Leaving Certificate Examination (including Day School Certificate (Higher) General paper), 1926
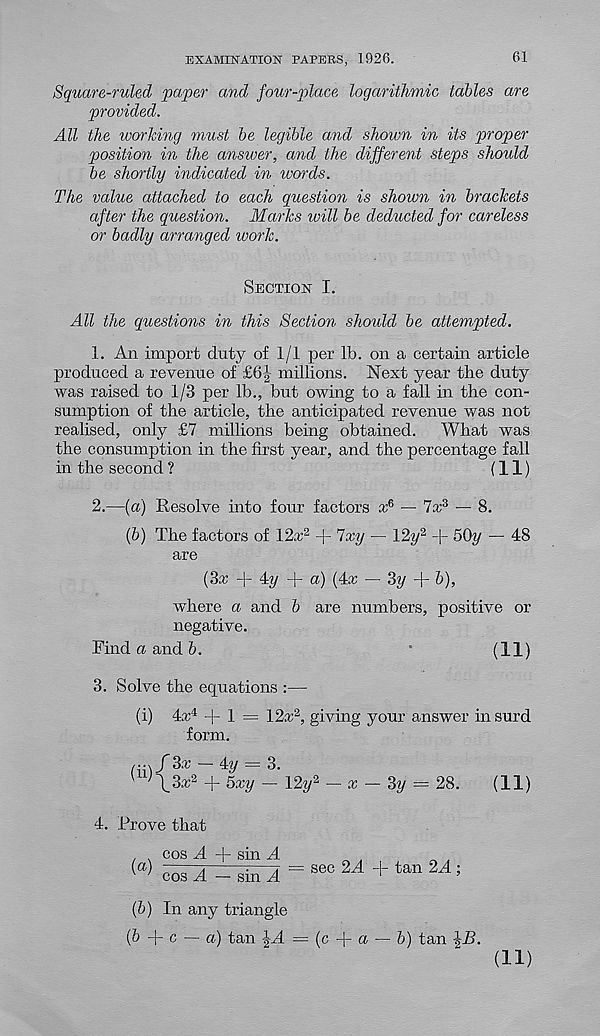
EXAMINATION PAPERS, 1926.
61
Square-ruled paper and four-place logarithmic tables are
provided.
All the working must be legible and shown in its proper
position in the answer, and the different steps should
be shortly indicated in words.
The value attached to each question is shown in brackets
after the question. Marks will be deducted for careless
or badly arranged work.
Section I.
All the questions in this Section shoidd be attempted.
1. An import duty of 1/1 per lb. on a certain article
produced a revenue of £6J millions. Next year the duty
was raised to 1/3 per lb., but owing to a fall in the con-
sumption of the article, the anticipated revenue was not
realised, only £7 millions being obtained.
What was
the consumption in the first year, and the percentage fall
in the second ?
(11)
2.
—(a) Resolve into four factors cr 6
(6) The factors of 12a; 2 + Ixy — 12y 2 -j- 5Ch/ — 48
are
(3a; + 4y + a) (4a; — 3y + b),
■where a and b are numbers, positive or
negative.
Find a and b.
(ID
3. Solve the equations :—
(i) 4a; 4 + 1 = 12a; 2 , giving your answer in surd
form.
(H)f 3x
4=y = 3.
^\3a; 2 + 5xy — 12y 2 — x — 3y = 28.
(11)
4. Prove that
, , cos A + sin A
{a) ——j
i—= sec 2A -I- tan 2A ;
' cos A — sm A
1
’
(b) In any triangle
(b
c — a) tan JA = (c + a — b) tan \B.
(ID